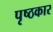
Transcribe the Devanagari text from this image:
पृष्ठकार